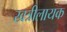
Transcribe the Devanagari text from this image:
खत्रीलायक